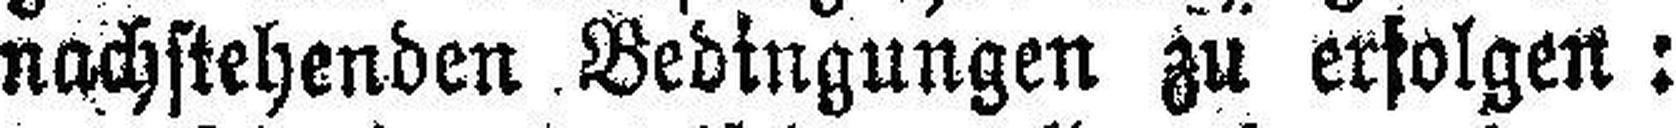
nachstehenden Bedingungen zu erfolgen: